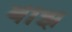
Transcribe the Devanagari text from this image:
बीझ